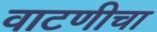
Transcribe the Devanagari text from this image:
वाटणीचा